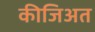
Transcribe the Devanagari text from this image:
कीजिअत